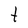
Character: t